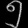
Digit: ၅